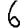
Digit: 6